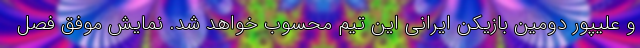
و علیپور دومین بازیکن ایرانی این تیم محسوب خواهد شد. نمایش موفق فصل